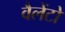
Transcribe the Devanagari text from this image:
वैलेंटो